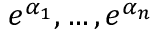
e ^ { \alpha _ { 1 } } , \ldots , e ^ { \alpha _ { n } }